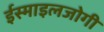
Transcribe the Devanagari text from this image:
ईस्माइलजोगी